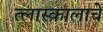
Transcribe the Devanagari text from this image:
त्लास्कालाचे